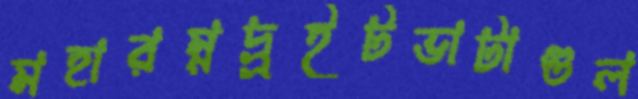
মহারম্নদ্র্র্রইটভাটাগুল